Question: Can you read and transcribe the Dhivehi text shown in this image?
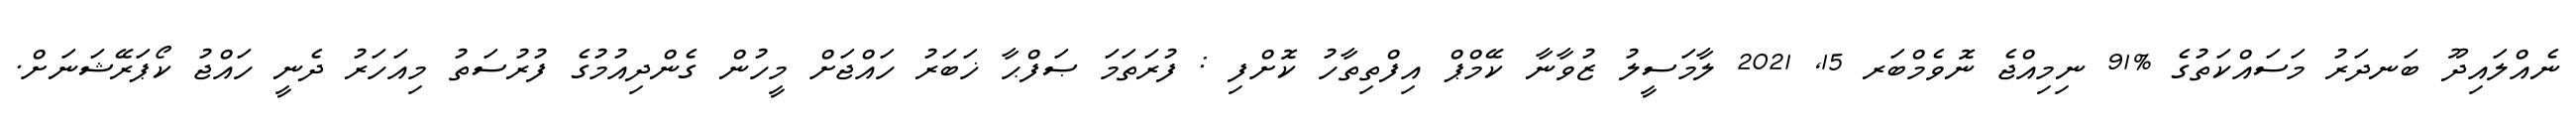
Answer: ނެއްލައިދޫ ބަނދަރު މަސައްކަތުގެ %91 ނިމިއްޖެ ނޮވެމްބަރ 15, 2021 ލާމަސީލު ޒުވާނާ ކޭމްޕް އިފްތިތާހު ކޮށްފި : ފުރަތަމަ ޞަފްޙާ ޚަބަރު ހައްޖަށް މީހުން ގެންދިއުމުގެ ފުރުސަތު މިއަހަރު ދެނީ ހައްޖު ކޯޕަރޭޝަނަށް.